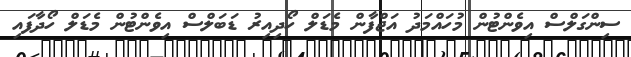
ސިންގަލްސް އިވެންޓުން މުހައްމަދު އަޖްފާން މެޑަލް ހޯދިއިރު ޑަބަލްސް އިވެންޓުން މެޑަލް ހޯދާފައި